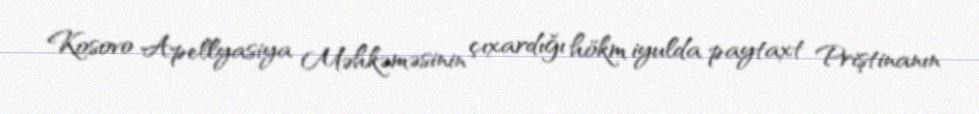
Kosovo Apellyasiya Məhkəməsinin çıxardığı hökm iyulda paytaxt Priştinanın